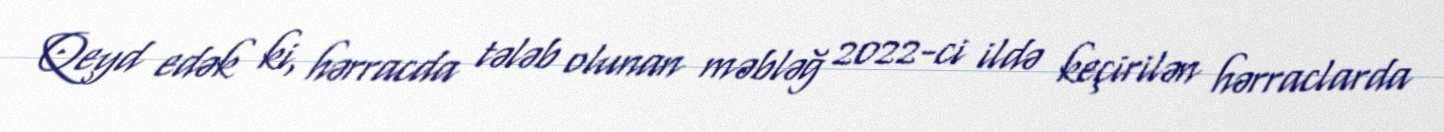
Qeyd edək ki, hərracda tələb olunan məbləğ 2022-ci ildə keçirilən hərraclarda